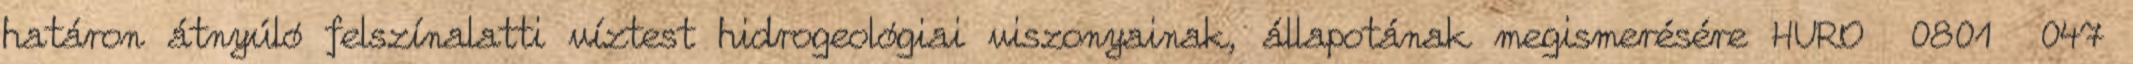
határon átnyúló felszínalatti víztest hidrogeológiai viszonyainak, állapotának megismerésére HURO 0801 047